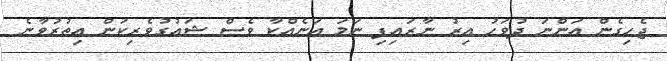
ޖެހިގެން އަންނަ ދުވަހު އިރު ނާރައިފި ނަމަ އަނެއްކާ ވެސް ޝައުގުވެރިކަން އިތުރުވާނެ